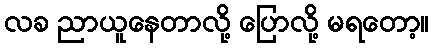
လခ ညာယူနေတာလို့ ပြောလို့ မရတော့။